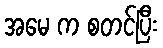
အမေ က စတင်ပြီး